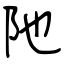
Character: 阤